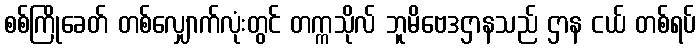
စစ်ကြိုခေတ် တစ်လျှောက်လုံးတွင် တက္ကသိုလ် ဘူမိဗေဒဌာနသည် ဌာန ငယ် တစ်ရပ်